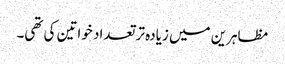
مظاہرین میں زیادہ تر تعداد خواتین کی تھی۔